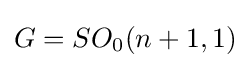
G=SO_{0}(n+1,1)